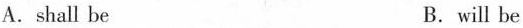
A.shall be B. will be